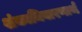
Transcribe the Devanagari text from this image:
शंकानिवारणार्थ